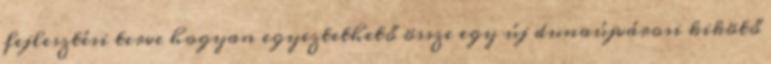
fejlesztési terve hogyan egyeztethető össze egy új dunaújvárosi kikötő